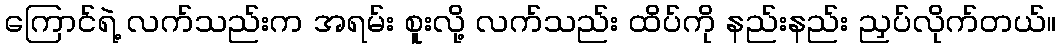
ကြောင်ရဲ့ လက်သည်းက အရမ်း စူးလို့ လက်သည်း ထိပ်ကို နည်းနည်း ညှပ်လိုက်တယ်။